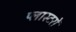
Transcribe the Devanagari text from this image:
प्लास्टरों